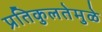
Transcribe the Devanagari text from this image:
प्रतिकुलतेमुळे